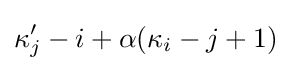
\kappa _{j}'-i+\alpha (\kappa _{i}-j+1)